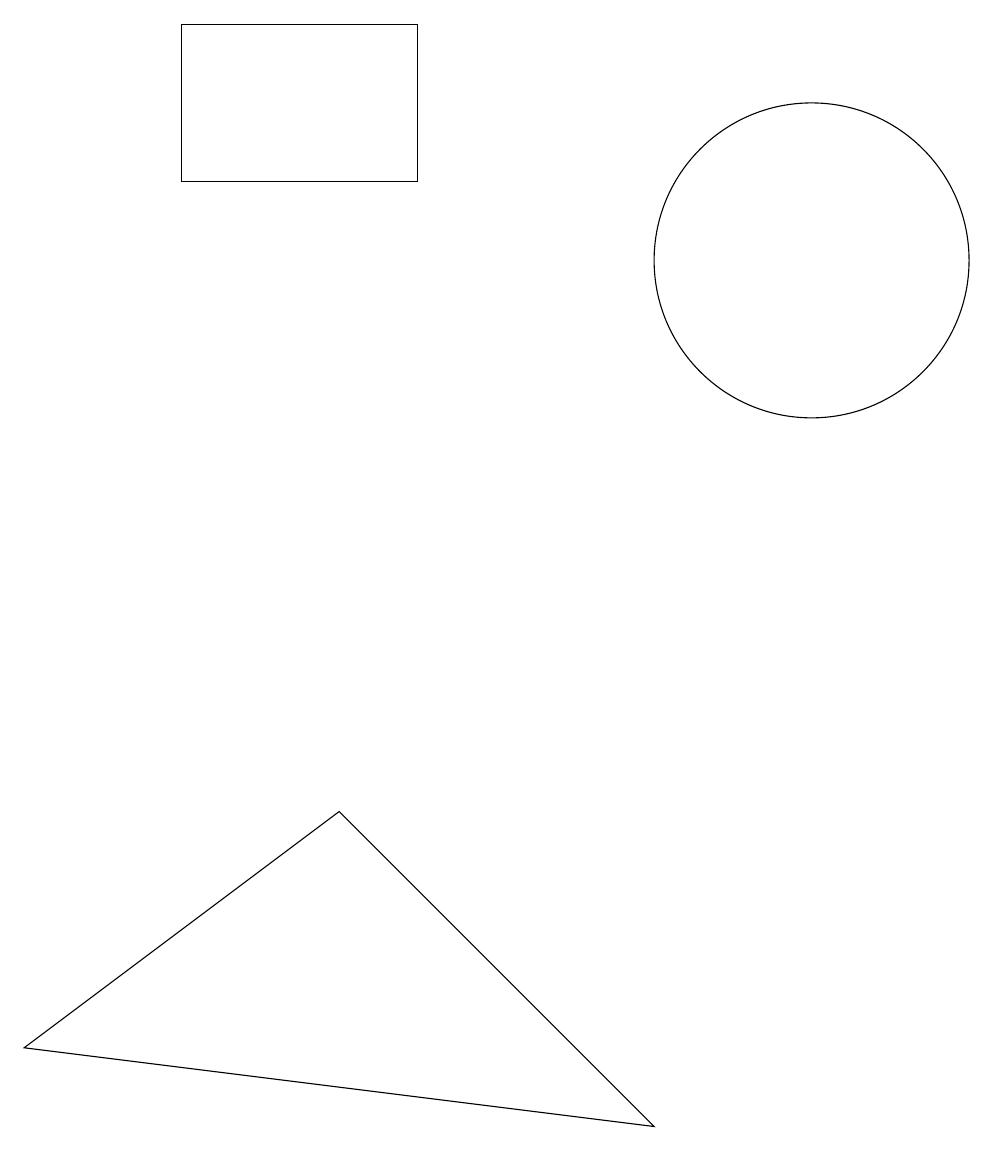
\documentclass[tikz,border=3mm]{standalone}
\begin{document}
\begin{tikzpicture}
\draw (3,12) rectangle (6,14);
\draw (9,0) -- (1,1) -- (5,4) -- cycle;
\draw (11,11) circle (2);
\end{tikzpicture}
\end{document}